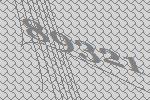
89321